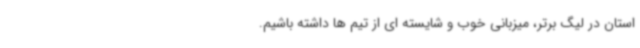
استان در لیگ برتر، میزبانی خوب و شایسته ای از تیم ها داشته باشیم.